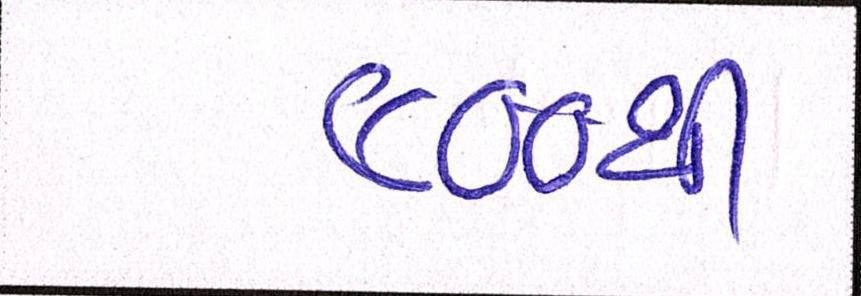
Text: ૯૦૦થી